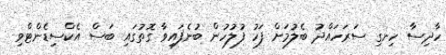
ހާދިސާ ހިނގި ސަރަހައްދު ބެލުމަށް ފަހު ފުލުހުން ބުނެފައިވާ ގޮތުގައި ބަސް އެކްސިޑެންޓްވި